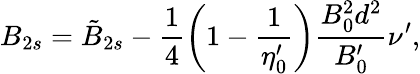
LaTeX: B_{2s}=\tilde{B}_{2s}-\frac{1}{4}\left(1-\frac{1}{\eta_{0}^{\prime}}\right)\frac{B_{0}^{2}d^{2}}{B_{0}^{\prime}}\nu^{\prime},